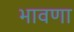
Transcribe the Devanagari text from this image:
भावणा